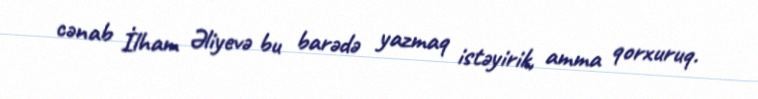
cənab İlham Əliyevə bu barədə yazmaq istəyirik, amma qorxuruq.